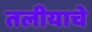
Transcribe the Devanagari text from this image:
तलीयाचे